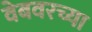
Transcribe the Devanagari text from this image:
वेबवरच्या